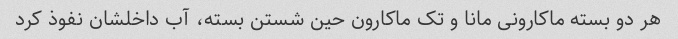
هر دو بسته ماکارونی مانا و تک ماکارون حین شستن بسته، آب داخلشان نفوذ کرد